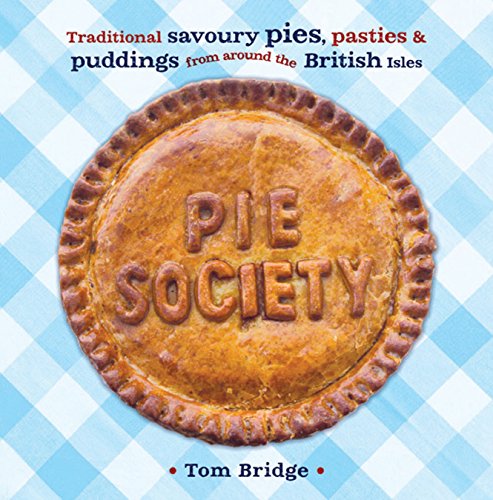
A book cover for Pie Society: Traditional Savoury Pies, Pasties and Puddings from across the British Isles; Tom Bridge; Cookbooks, Food & Wine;